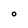
Character: O